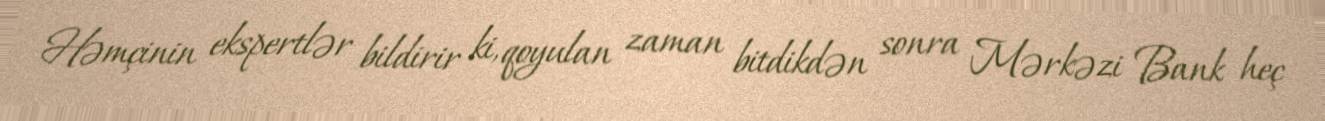
Həmçinin ekspertlər bildirir ki, qoyulan zaman bitdikdən sonra Mərkəzi Bank heç